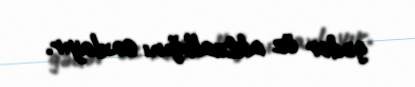
gədər öz aktuallığını saxlayır.